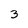
Character: 3